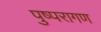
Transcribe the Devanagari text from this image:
पुष्परागण